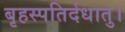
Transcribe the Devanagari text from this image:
बृहस्पतिर्दधातु।